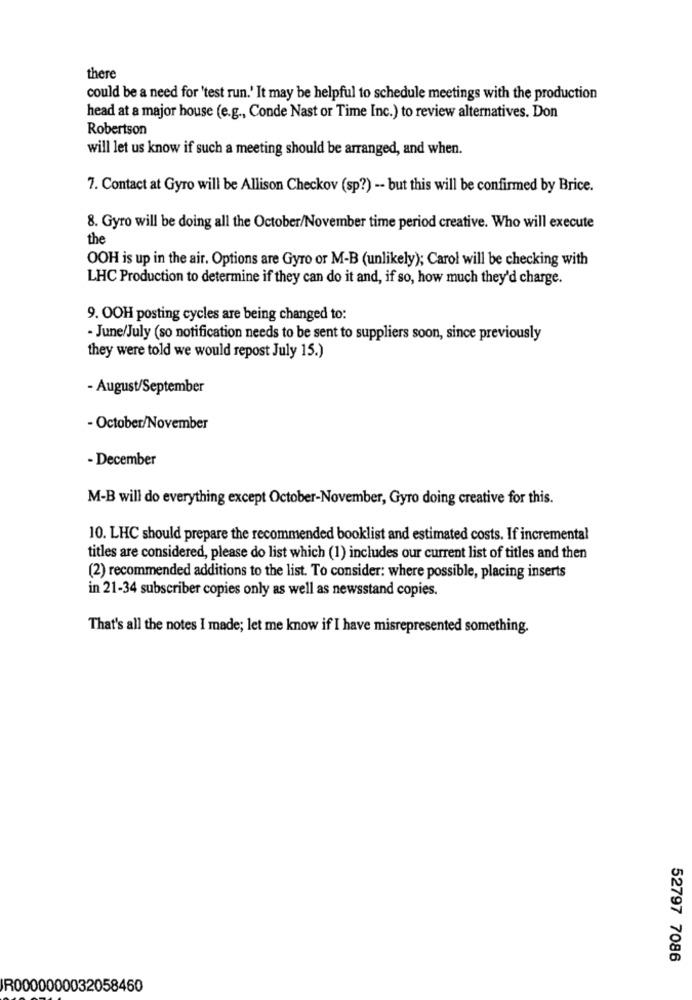
there
could be a need for 'test run.' It may be helpful to schedule meetings with the production
head at a major house (e.g ., Conde Nast or Time Inc.) to review alternatives. Don
Robertson
will let us know if such a meeting should be arranged, and when.
7. Contact at Gyro will be Allison Checkov (sp?) -- but this will be confirmed by Brice.
8. Gyro will be doing all the October/November time period creative. Who will execute
the
OOH is up in the air. Options are Gyro or M-B (unlikely); Carol will be checking with
LHC Production to determine if they can do it and, if so, how much they'd charge.
9. OOH posting cycles are being changed to:
- June/July (so notification needs to be sent to suppliers soon, since previously
they were told we would repost July 15.)
- August/September
- October/November
- December
M-B will do everything except October-November, Gyro doing creative for this.
10. LHC should prepare the recommended booklist and estimated costs. If incremental
titles are considered, please do list which (1) includes our current list of titles and then
(2) recommended additions to the list. To consider: where possible, placing inserts
in 21-34 subscriber copies only as well as newsstand copies.
That's all the notes I made; let me know if I have misrepresented something.
52797 7086
R0000000032058460